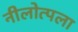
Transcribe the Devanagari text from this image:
नीलोत्पला